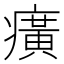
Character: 癀